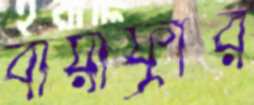
বায়াফ্রার